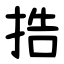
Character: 捁